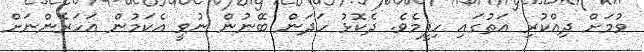
ވުމަށް ދިއްކުރި އަތުގައި ހިފީމެވެ. ދެކޮޅު ހަދަން ބޭނުން ނުވީ އެކަމުން އަހަރެންނަށް